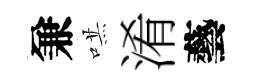
兼哄淆藝